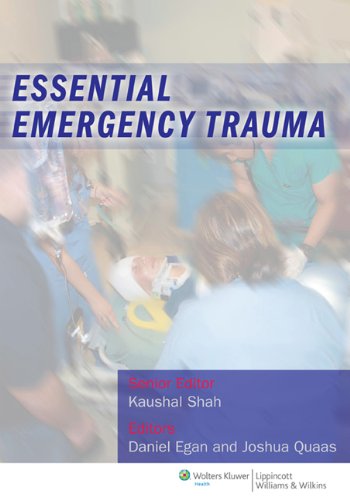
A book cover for Essential Emergency Trauma; Medical Books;